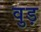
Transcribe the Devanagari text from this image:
वुड़